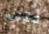
حتى